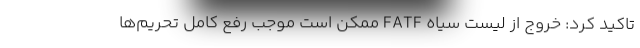
تاکید کرد: خروج از لیست سیاه FATF ممکن است موجب رفع کامل تحریم‌ها